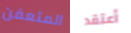
المتعفن أعتقد